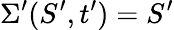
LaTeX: \Sigma^{\prime}(S^{\prime},t^{\prime})=S^{\prime}